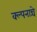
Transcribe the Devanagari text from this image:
क्ल्पनान्चे